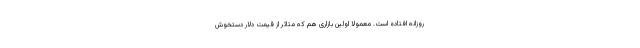
روزانه افتاده است. معمولا اولین بازاری هم که متاثر از قیمت دلار دستخوش